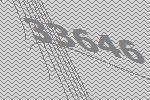
33646